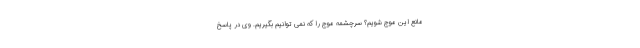
مانع این موج شویم؟ سرچشمه موج را که نمی توانیم بگیریم. وی در پاسخ